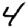
Digit: 4